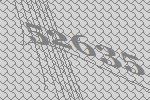
52635